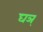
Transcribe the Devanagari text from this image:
घञ्‌